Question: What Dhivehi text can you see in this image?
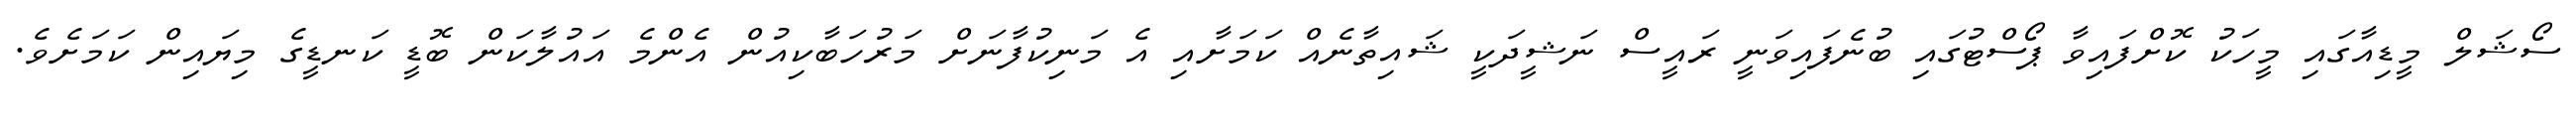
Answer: ސޯޝަލް މީޑިއާގައި މީހަކު ކޮށްފައިވާ ޕޯސްޓުގައި ބުނެފައިވަނީ ރައީސް ނަޝީދަކީ ޝައިތާނެއް ކަމަށާއި އެ މަނިކުފާނަށް މަރުހަބާކިއުން އެންމެ އައުލާކަން ބޮޑީ ކަނޑީގެ މިޔައިން ކަމަށެވެ.